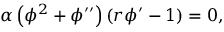
\begin{array} { r } { \alpha \left( \phi ^ { 2 } + \phi ^ { \prime \prime } \right) \left( r \phi ^ { \prime } - 1 \right) = 0 , } \end{array}